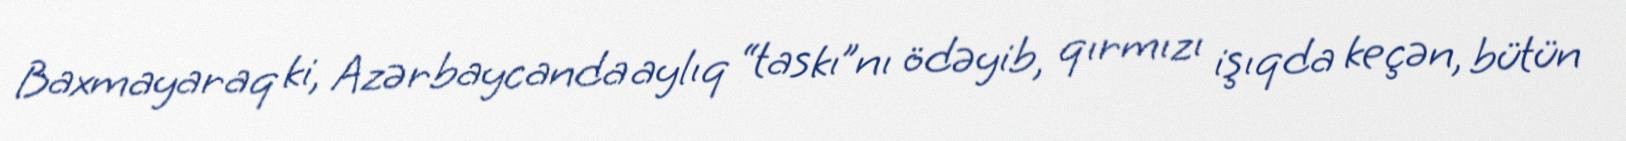
Baxmayaraq ki, Azərbaycanda aylıq “taskı”nı ödəyib, qırmızı işıqda keçən, bütün